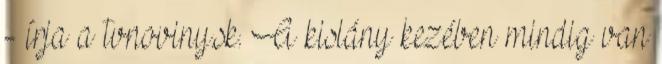
- írja a tvnoviny.sk. A kislány kezében mindig van